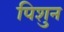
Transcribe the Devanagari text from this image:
पिशुन